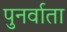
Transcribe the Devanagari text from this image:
पुनर्वाता